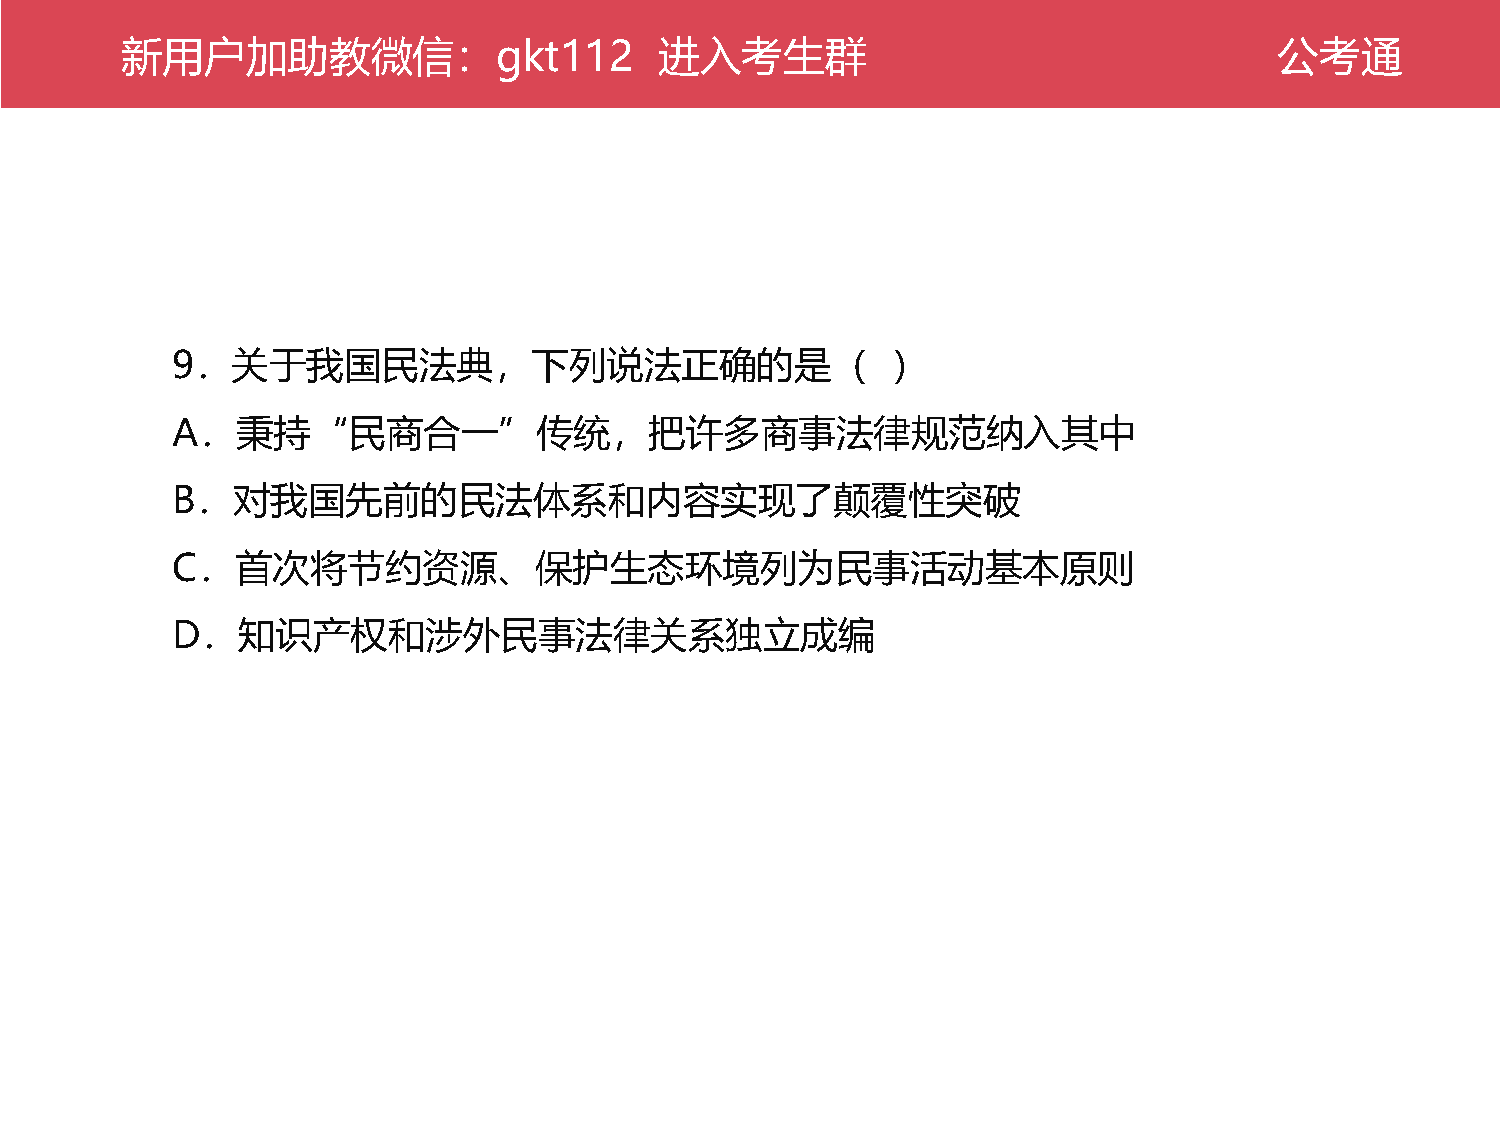
新公用考户通加助教微信：gkt112                  进入考生群                                    公考通
 9．关于我国民法典，下列说法正确的是（                             ）
 A．秉持“民商合一”传统，把许多商事法律规范纳入其中
 B．对我国先前的民法体系和内容实现了颠覆性突破
 C．首次将节约资源、保护生态环境列为民事活动基本原则
 D．知识产权和涉外民事法律关系独立成编